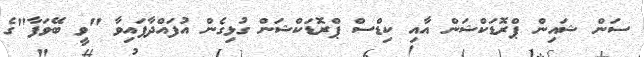
ސަން ޝައިން ޕްރޮޑަކްޝަން އާއި ކިޑްސް ޕްރޮޑަކްޝަން ގުޅިގެން އުފައްދާފައިވާ "ވީ ބޭވަފާ"ގެ